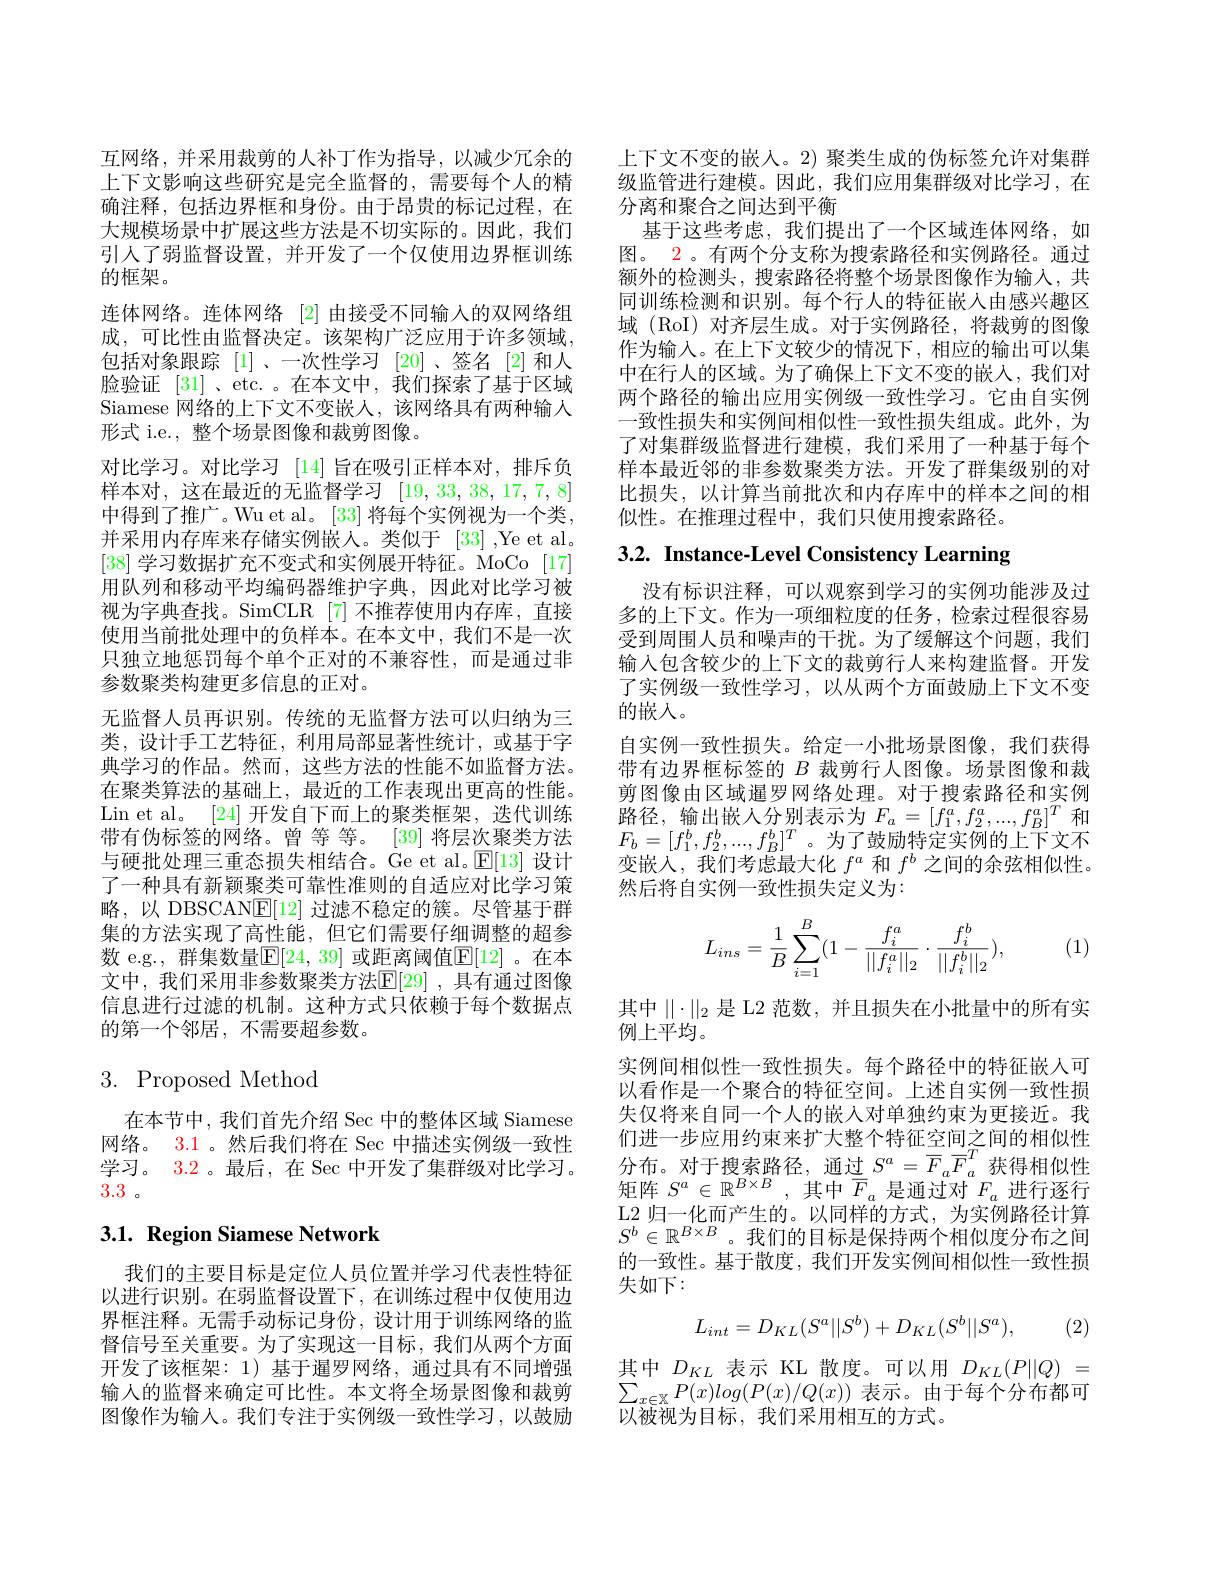
互网络，并采用裁剪的人补丁作为指导，以减少冗余的上下文影响这些研究是完全监督的，需要每个人的精确注释，包括边界框和身份。由于昂贵的标记过程，在大规模场景中扩展这些方法是不切实际的。因此，我们引入了弱监督设置，并开发了一个仅使用边界框训练的框架。
连体网络。连体网络 [2] 由接受不同输入的双网络组成，可比性由监督决定。该架构广泛应用于许多领域， 包括对象跟踪 [1]、一次性学习 [20]、签名 [2]和人脸验证 [31]、etc. 。在本文中，我们探索了基于区域Siamese 网络的上下文不变嵌人，该网络具有两种输入形式 i.e., 整个场景图像和裁剪图像。
对比学习。对比学习[14]旨在吸引正样本对，排斥负样本对，这在最近的无监督学习[19,33,38,17,7,8] 中得到了推广。Wu et al。[33] 将每个实例视为一个类， 并采用内存库来存储实例嵌人。类似于 [33] ,Ye et al. [38]学习数据扩充不变式和实例展开特征。MoCo [17] 用队列和移动平均编码器维护字典，因此对比学习被视为字典查找。SimCLR [7] 不推荐使用内存库，直接使用当前批处理中的负样本。在本文中，我们不是一次只独立地惩罚每个单个正对的不兼容性，而是通过非参数聚类构建更多信息的正对。
无监督人员再识别。传统的无监督方法可以归纳为三类，设计手工艺特征，利用局部显著性统计，或基于字典学习的作品。然而，这些方法的性能不如监督方法。在聚类算法的基础上，最近的工作表现出更高的性能。Lin et al。[24]开发自下而上的聚类框架，迭代训练带有伪标签的网络。曾 等 等。[39] 将层次聚类方法与硬批处理三重态损失相结合。Ge et al。$\mathbb{E}[13]$设计了一种具有新颖聚类可靠性准则的自适应对比学习策略，以 DBSCANE[12] 过滤不稳定的簇。尽管基于群集的方法实现了高性能，但它们需要仔细调整的超参数 e.g., 群集数量$\mathbb{E}[24$, 39] 或距离阈值$\mathbb{E}[12]$ 。在本文中，我们采用非参数聚类方法$\mathbb{E}[29]$ ,具有通过图像信息进行过滤的机制。这种方式只依赖于每个数据点的第一个邻居，不需要超参数。

# $3.{\mathrm{Proposed~Method}}$

在本节中，我们首先介绍 Sec 中的整体区域 Siamese 网络。3.1 。然后我们将在 Sec 中描述实例级一致性学习。3.2 。最后，在 Sec 中开发了集群级对比学习。3.3

## 3.1. Region Siamese Network

我们的主要目标是定位人员位置并学习代表性特征以进行识别。在弱监督设置下，在训练过程中仅使用边界框注释。无需手动标记身份，设计用于训练网络的监督信号至关重要。为了实现这一目标，我们从两个方面开发了该框架：1) 基于暹罗网络，通过具有不同增强输入的监督来确定可比性。本文将全场景图像和裁剪图像作为输入。我们专注于实例级一致性学习，以鼓励

上下文不变的嵌人。2) 聚类生成的伪标签允许对集群级监管进行建模。因此，我们应用集群级对比学习，在分离和聚合之间达到平衡
基于这些考虑，我们提出了一个区域连体网络，如图。2。有两个分支称为搜索路径和实例路径。通过额外的检测头，搜索路径将整个场景图像作为输入，共同训练检测和识别。每个行人的特征嵌入由感兴趣区域 (RoI) 对齐层生成。对于实例路径，将裁剪的图像作为输入。在上下文较少的情况下，相应的输出可以集中在行人的区域。为了确保上下文不变的嵌人，我们对两个路径的输出应用实例级一致性学习。它由自实例一致性损失和实例间相似性一致性损失组成。此外，为了对集群级监督进行建模，我们采用了一种基于每个样本最近邻的非参数聚类方法。开发了群集级别的对比损失，以计算当前批次和内存库中的样本之间的相似性。在推理过程中，我们只使用搜索路径。

# $3. 2. \textbf{ Instance- Level Consistency Learning}$

没有标识注释，可以观察到学习的实例功能涉及过多的上下文。作为一项细粒度的任务，检索过程很容易受到周围人员和噪声的干扰。为了缓解这个问题，我们输入包含较少的上下文的裁剪行人来构建监督。开发了实例级一致性学习，以从两个方面鼓励上下文不变的嵌入。
自实例一致性损失。给定一小批场景图像，我们获得带有边界框标签的$B$裁剪行人图像。场景图像和裁剪图像由区域暹罗网络处理。对于搜索路径和实例路径，输出嵌人分别表示为$F_a=[f_1^a,f_2^a,...,f_B^a]^T$和$F_b=[f_1^b,f_2^b,...,f_B^b]^T$。为了鼓励特定实例的上下文不变嵌入，我们考虑最大化$f^a$和$f^b$之间的余弦相似性。然后将自实例一致性损失定义为：

(1)
$$L_{ins}=\dfrac{1}{B}\sum_{i=1}^{B}(1-\dfrac{f_i^a}{||f_i^a||_2}\cdot\dfrac{f_i^b}{||f_i^b||_2}),$$
其中$\|\cdot\|_2$是 L2 范数，并且损失在小批量中的所有实
例上平均。
实例间相似性一致性损失。每个路径中的特征嵌人可以看作是一个聚合的特征空间。上述自实例一致性损失仅将来自同一个人的嵌入对单独约束为更接近。我们进一步应用约束来扩大整个特征空间之间的相似性分布。对于搜索路径，通过$S^a=\overline{F}_a\overline{F}_a^T$获得相似性矩阵$S^a\in\mathbb{R}^{B\times B}$ ,其中$\overline F_a$是通过对$F_a$进行逐行L2 归一化而产生的。以同样的方式，为实例路径计算$S^{b}\in\mathbb{R}^{B\times B}$。我们的目标是保持两个相似度分布之间的一致性。基于散度，我们开发实例间相似性一致性损失如下：
$$L_{int}=D_{KL}(S^{a}||S^{b})+D_{KL}(S^{b}||S^{a}),$$
(2)

其中$D_{KL}$表示 KL 散度。可以用$D_{KL}(P||Q)=$ $\sum_{x\in\mathbb{X}}P(x)log(P(x)/Q(x))$表示。由于每个分布都可以被视为目标，我们采用相互的方式。